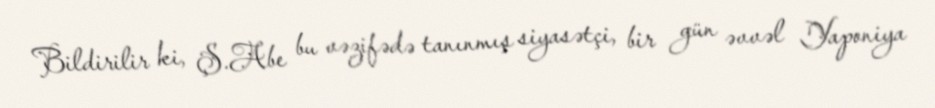
Bildirilir ki, Ş.Abe bu vəzifədə tanınmış siyasətçi, bir gün əvvəl Yaponiya